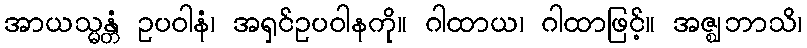
အာယသ္မန္တံ ဥပဝါနံ၊ အရှင်ဥပဝါနကို။ ဂါထာယ၊ ဂါထာဖြင့်။ အဇ္ဈဘာသိ၊